Paatsalu_vallavalitsus, lk 9
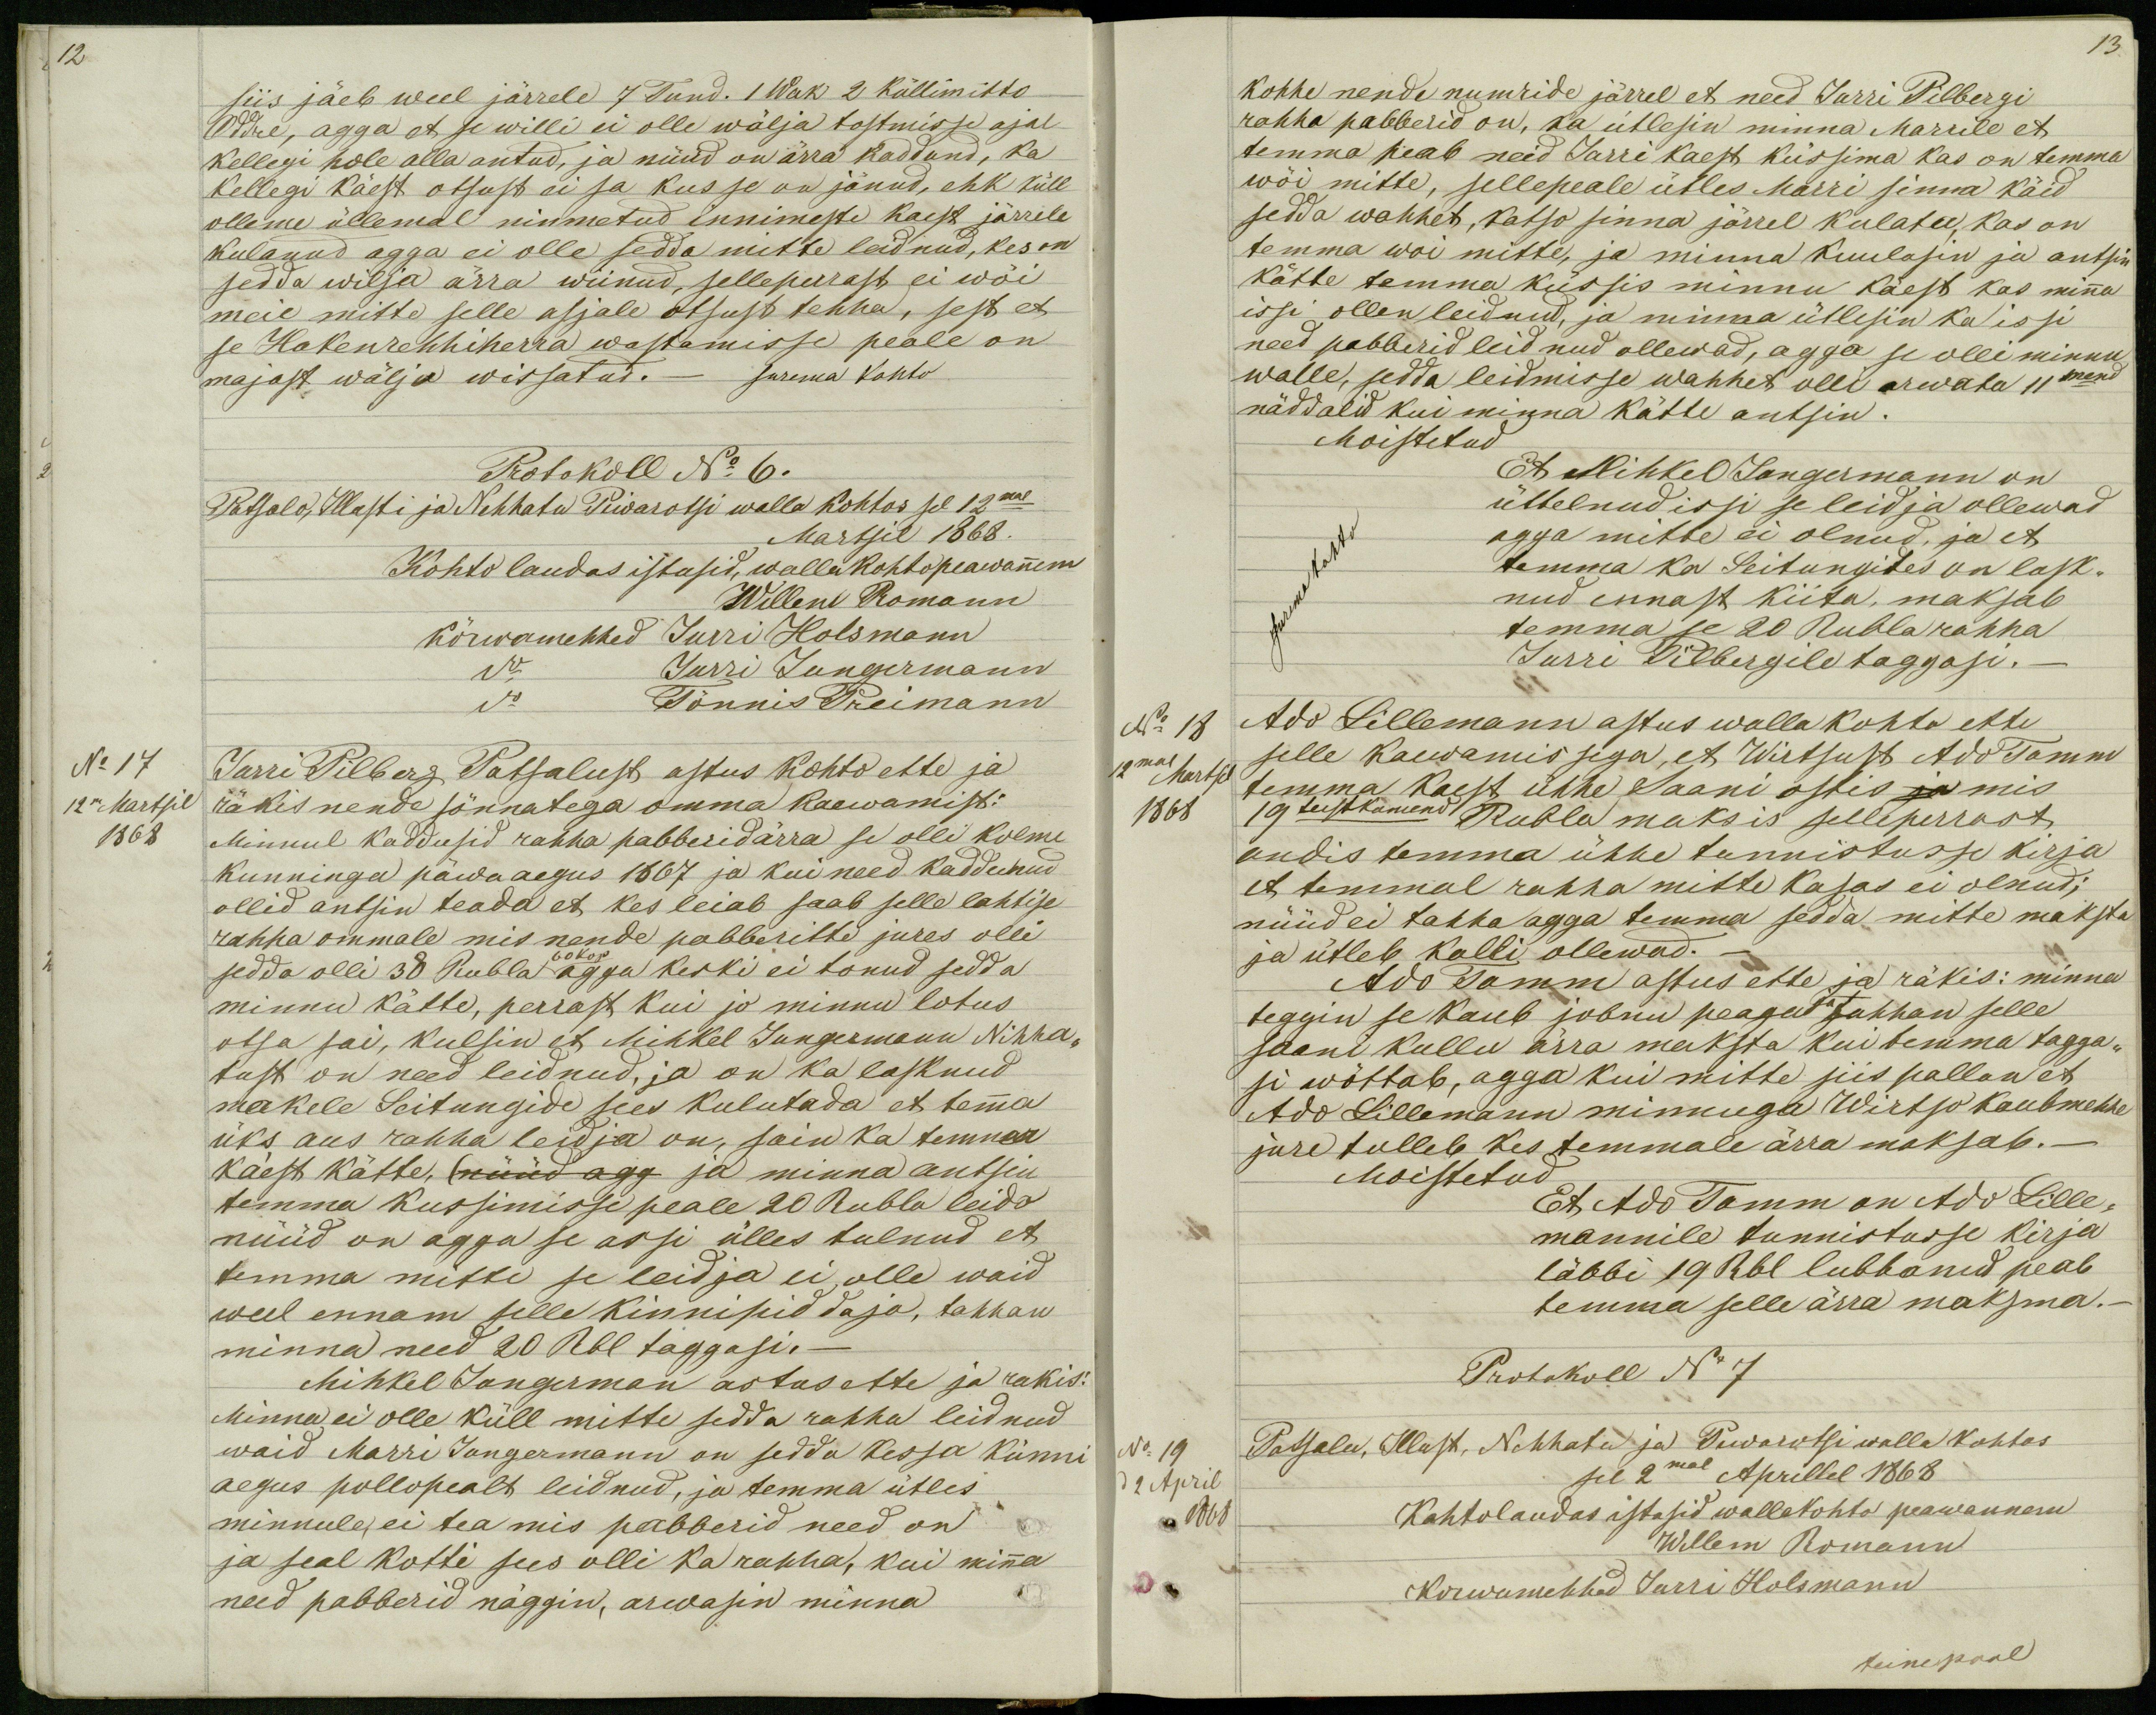
12

siis jäeb weel järrele 7 Tund. 1 Wak 2 küllimitto
Oddre, agga et se willi ei olle wälja tostmisse ajal
kellegi hole alla antud, ja nüüd on ärra kaddund, ka
kellegi käest otsust ei sa kus se on jänud, ehk küll
olleme üllemal nimmetud innimeste kaest järrele
kulanud agga ei olle sedda mitte leidnud, kes on
sedda wilja ärra wiinud, selleperrast ei wõi
meie mitte selle asjale otsust tehha, sest et
se Hakenrehhiherra wastamisse peale on
majast wälja wissatud. _ surema kohto
Protokoll No 6.
Patsalo, Illusti ja Nehhatu Piwarotsi walla kohtos sel 12mal
Martsil 1868.
Kohto laudas istusid, walla kohtopeawannem
Willem Romann
kõrwamehhed Jurri Holsmann
do Jurri Jungermann
do Tönnis Preimann
Jurri Pilberg Patsalust astus kohto ette ja
räkis nende sõnnatega omma kaewamist:
Minnul kaddusid rahha pabberid ärra se olli kolme
kunninga päwa aegus 1867 ja kui need kaddunud
ollid antsin teada et kes leiab saab selle lahtise
rahha ommale mis nende pabberitte jures olli
60 kop
sedda olli 38 Rubla agga keski ei tonud sedda
minnu kätte, perrast kui jo minnu lotus
otsa sai, kulsin et Mihkel Jungermann Nihha-
tust on need leidnud, ja on ka lasknud
makele Seitungide sees kulutada et temma
üks aus rahha leidja on, sain ka temma
käest kätte, (nüüd agg ja minna antsin
temma kussimisse peale 20 Rubla leido
nüüd on agga se assi ülles tulnud et
temma mitte se leidja ei olle waid
weel ennam selle kinnipiddaja, tahhan
minna need 20 Rbl taggasi._
Mihkel Jungerman astus ette ja rakis:
Minna ei olle küll mitte sedda rahha leidnud
waid Marri Jungermann on sedda kessa künni
aegus pollopealt leidnud, ja temma ütles
minnule, ei tea mis pabberid need on
ja seal kotti sees olli ka rahha, kui minna
need paberid näggin, arwasin minna

13.
kohhe nende numride järrel et need Jurri Pilbergi
rahha pabberid on, ka ütlesin minna Marrile et
temma peab neid Jurri kaest küssima kas on temma
wõi mitte, sellepeale ütles Marri sinna käid
sedda wahhet, katso sinna järrel kulata, kas on
temma woi mitte, ja minna kuulasin ja antsin
kätte temma küssis minnu käest kas minna
issi ollen leidnud, ja minna ütlesin ka issi
need pabberid leidnud ollewad, agga se olli minnu
walle, sedda leidmisse wahhet olli arwata 11mend
näddalid kui minna kätte antsin.
Moistetud
Et Mihkel Jungermann on
üttelnud issi se leidja ollewad
surema kohto
agga mitte ei olnud, ja et
temma ka Seitungites on lask-
nud ennast kiita, maksab
temma se 20 Rubla rahha
Jurri Pilbergile taggasi._
No 18
Ado Lillemann astus walla kohto ette
selle kaewamissega, et Wirtsust Ado Tamm
12mal Martsil
temma kaest ühhe Saani ostis ja mis
1868
19 teistkumend Rubla maksis selleperrast
andis temma ühhe tunnistusse kirja
et temmal rahha mitte kasas ei olnud;
nüüd ei tahha agga temma sedda mitte maksta
ja ütleb kalli ollewad._
Ado Tamm astus ette ja räkis: minna
teggin se kaub jobnu peaga tahhan selle
saani kullu ärra maksta kui temma tagga-
si wõttab, agga kui mitte siis pallun et
Ado Lillemann minnuga Wirtso kaubmehhe
jure tulleb kes temmale ärra maksab._
Moistetud
Et Ado Tamm on Ado Lille-
mannile tunnistusse kirja
läbbi 19 Rbl lubbanud peab
temma selle ärra maksma._
Protokoll No 7
No 19
Patsalu, Illust, Nehhatu ja Piwarotsi walla kohtos
d 2 April
sel 2mal Aprillel 1868
1868
Kohtolaudas istusid wallakohto peawannem
Willem Romann
Korwamehhed Jurri Holsmann
teinepool

No 17
12m Martsil
1868